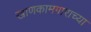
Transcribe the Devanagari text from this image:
खाणकामगाराच्या